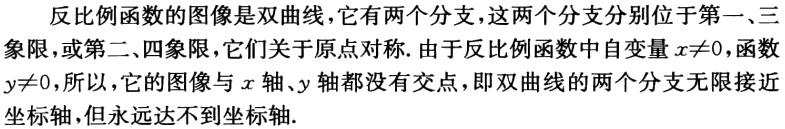
反比例函数的图像是双曲线，它有两个分支，这两个分支分别位于第一、三象限，或第二、四象限，它们关于原点对称. 由于反比例函数中自变量\(x\neq0\)，函数\(y\neq0\)，所以，它的图像与\(x\)轴、\(y\)轴都没有交点，即双曲线的两个分支无限接近坐标轴，但永远达不到坐标轴.